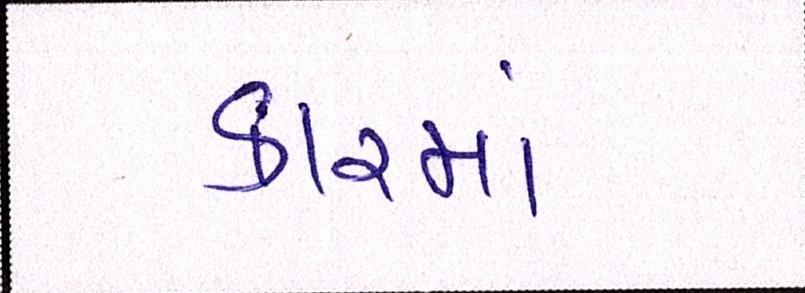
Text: કારમાં